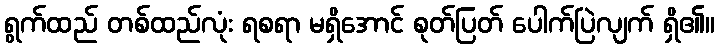
ရွက်ထည် တစ်ထည်လုံး ရစရာ မရှိအောင် စုတ်ပြတ် ပေါက်ပြဲလျက် ရှိ၏။